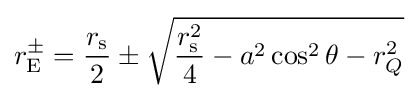
r_{\text{E}}^{\pm }={\frac {r_{\rm {s}}}{2}}\pm {\sqrt {{\frac {r_{\rm {s}}^{2}}{4}}-a^{2}\cos ^{2}\theta -r_{Q}^{2}}}